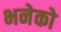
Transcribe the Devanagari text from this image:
भनेको